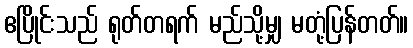
ဧပြိုင်းသည် ရုတ်တရက် မည်သို့မျှ မတုံ့ပြန်တတ်။